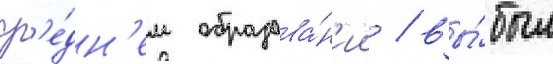
ср'е́дн'ем образова́н'ии / вы́был